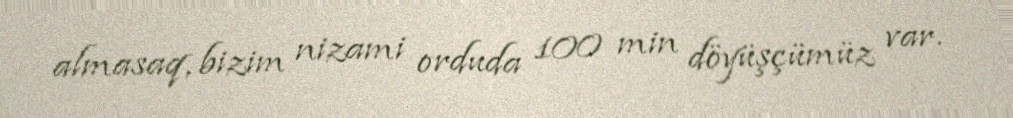
almasaq, bizim nizami orduda 100 min döyüşçümüz var.